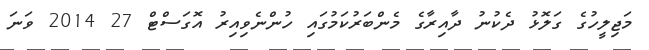
މަޖިލީހުގެ ގަލޮޅު ދެކުނު ދާއިރާގެ މެންބަރުކަމުގައި ހުންނެވިއިރު އޮގަސްޓް 27 2014 ވަނަ